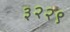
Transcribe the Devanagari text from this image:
३२२९